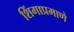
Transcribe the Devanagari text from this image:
शिंगाप्रमाणे